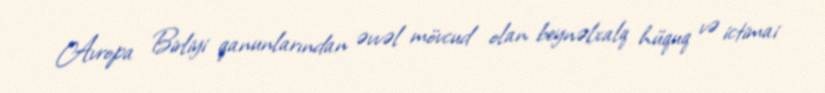
Avropa Birliyi qanunlarından əvvəl mövcud olan beynəlxalq hüquq və ictimai